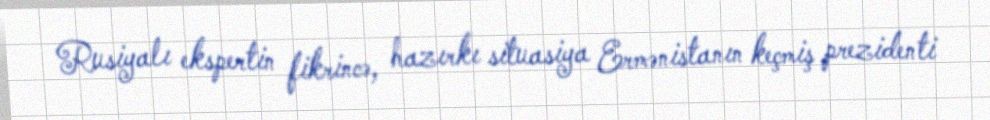
Rusiyalı ekspertin fikrincə, hazırkı situasiya Ermənistanın keçmiş prezidenti